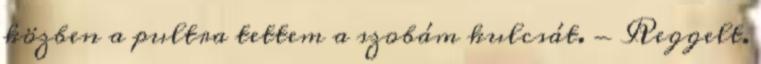
közben a pultra tettem a szobám kulcsát. - Reggelt.